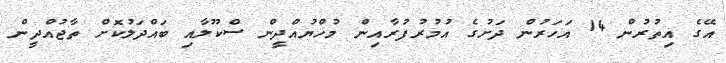
އޭގެ އިތުރުން 14 އަހަރުން ދަށުގެ އުމުރުފުރާއިން މުހްޔުއްދީން ސްކޫލާއި ބައްދަލުކޮށް ތާޖުއްދީން